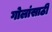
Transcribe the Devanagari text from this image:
गोलांसाठी